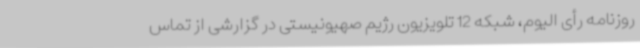
روزنامه رأی الیوم، شبکه 12 تلویزیون رژیم صهیونیستی در گزارشی از تماس